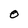
Character: O